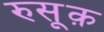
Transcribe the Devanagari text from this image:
रुसूक़